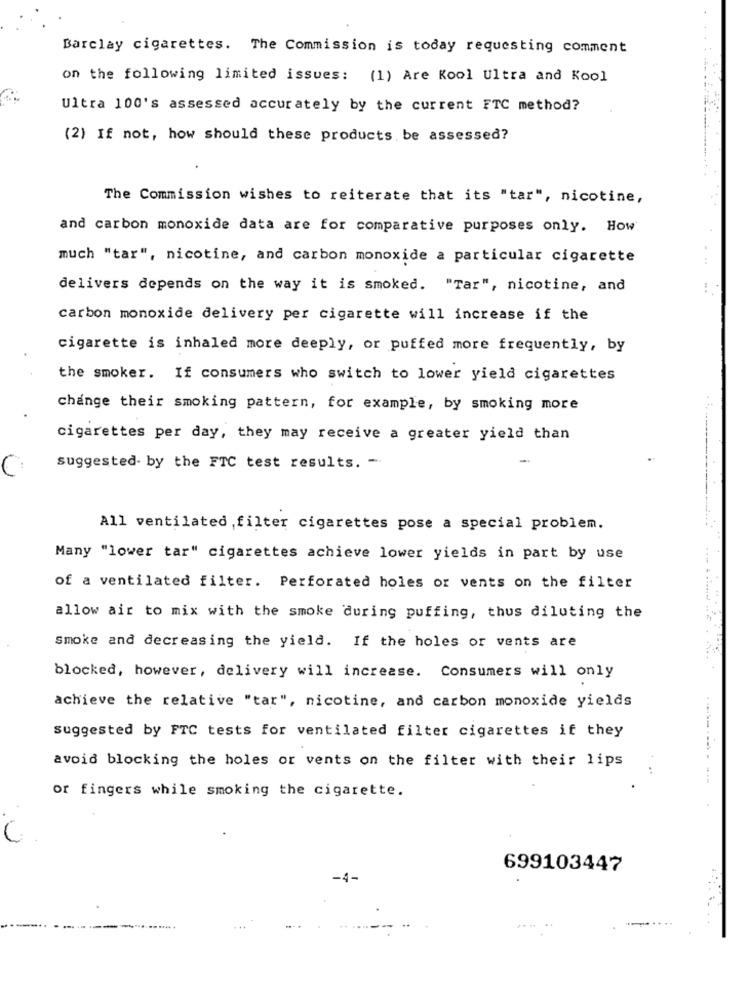
Barclay cigarettes. The Commission is today requesting comment
on the following limited issues: (1) Are Kool Ultra and Kool
Ultra 100's assessed accurately by the current FTC method?
(2) If not, how should these products be assessed?
The Commission wishes to reiterate that its "tar", nicotine,
and carbon monoxide data are for comparative purposes only. How
much "tar", nicotine, and carbon monoxide a particular cigarette
delivers depends on the way it is smoked. "Tar", nicotine, and
carbon monoxide delivery per cigarette will increase if the
cigarette is inhaled more deeply, or puffed more frequently, by
the smoker. If consumers who switch to lower yield cigarettes
change their smoking pattern, for example, by smoking more
cigarettes per day, they may receive a greater yield than
suggested by the FTC test results. -
All ventilated ,filter cigarettes pose a special problem.
Many "lower tar" cigarettes achieve lower yields in part by use
of a ventilated filter. Perforated holes or vents on the filter
allow air to mix with the smoke during puffing, thus diluting the
Smoke and decreasing the yield. If the holes or vents are
blocked, however, delivery will increase. Consumers will only
achieve the relative "tar", nicotine, and carbon monoxide yields
suggested by FTC tests for ventilated filter cigarettes if they
--
avoid blocking the holes or vents on the filter with their lips
or fingers while smoking the cigarette.
699103447
-4-